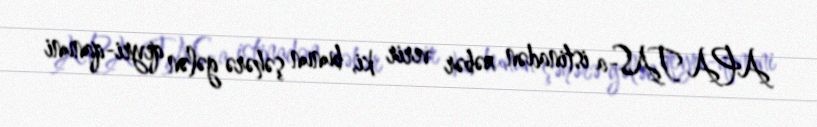
APA TAS-a istinadən xəbər verir ki, bunun şəhərə gələn qeyri-qanuni